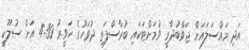
އަދި މައްސަލައަށް ޖަވާބުދާރީ ވުމަށްޓަކައި ބުރާސްފަތި ދުވަހުގެ ހަވީރު 4:30 އަށް ސުލޫކީ